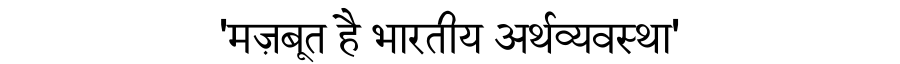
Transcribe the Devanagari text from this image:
'मज़बूत है भारतीय अर्थव्यवस्था'